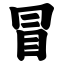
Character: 冒